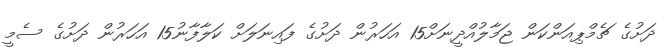
ދަށުގެ ޗެމްޕިއަންކަން ޖަމާލުއްދީނަށް15 އަހަރުން ދަށުގެ ފައިނަލަށް ކަލާފާނު15 އަހަރުން ދަށުގެ ސެމީ